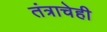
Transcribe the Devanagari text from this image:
तंत्राचेही